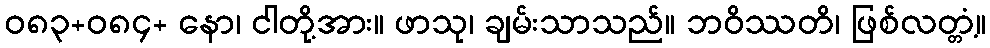
ဝ၈၃+၀၈၄+ နော၊ ငါတို့အား။ ဖာသု၊ ချမ်းသာသည်။ ဘဝိဿတိ၊ ဖြစ်လတ္တံ့။